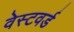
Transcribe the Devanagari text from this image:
वेस्टवर्ड